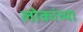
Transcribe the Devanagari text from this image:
लोकांच्‍या